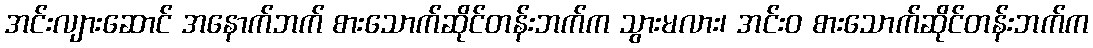
အင်းလျားဆောင် အနောက်ဘက် စားသောက်ဆိုင်တန်းဘက်က သွားမလား၊ အင်းဝ စားသောက်ဆိုင်တန်းဘက်က